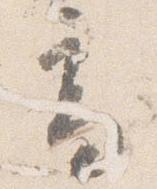
高